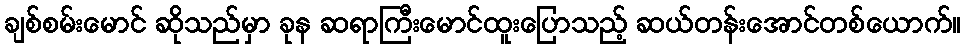
ချစ်စမ်းမောင် ဆိုသည်မှာ ခုန ဆရာကြီးမောင်ထူးပြောသည့် ဆယ်တန်းအောင်တစ်ယောက်။